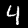
Digit: 4